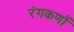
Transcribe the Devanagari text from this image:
रंगकणों